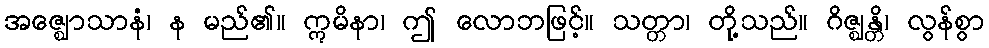
အဇ္ဈောသာနံ၊ န မည်၏။ ဣမိနာ၊ ဤ လောဘဖြင့်။ သတ္တာ၊ တို့သည်။ ဂိဇ္ဈန္တိ၊ လွန်စွာ